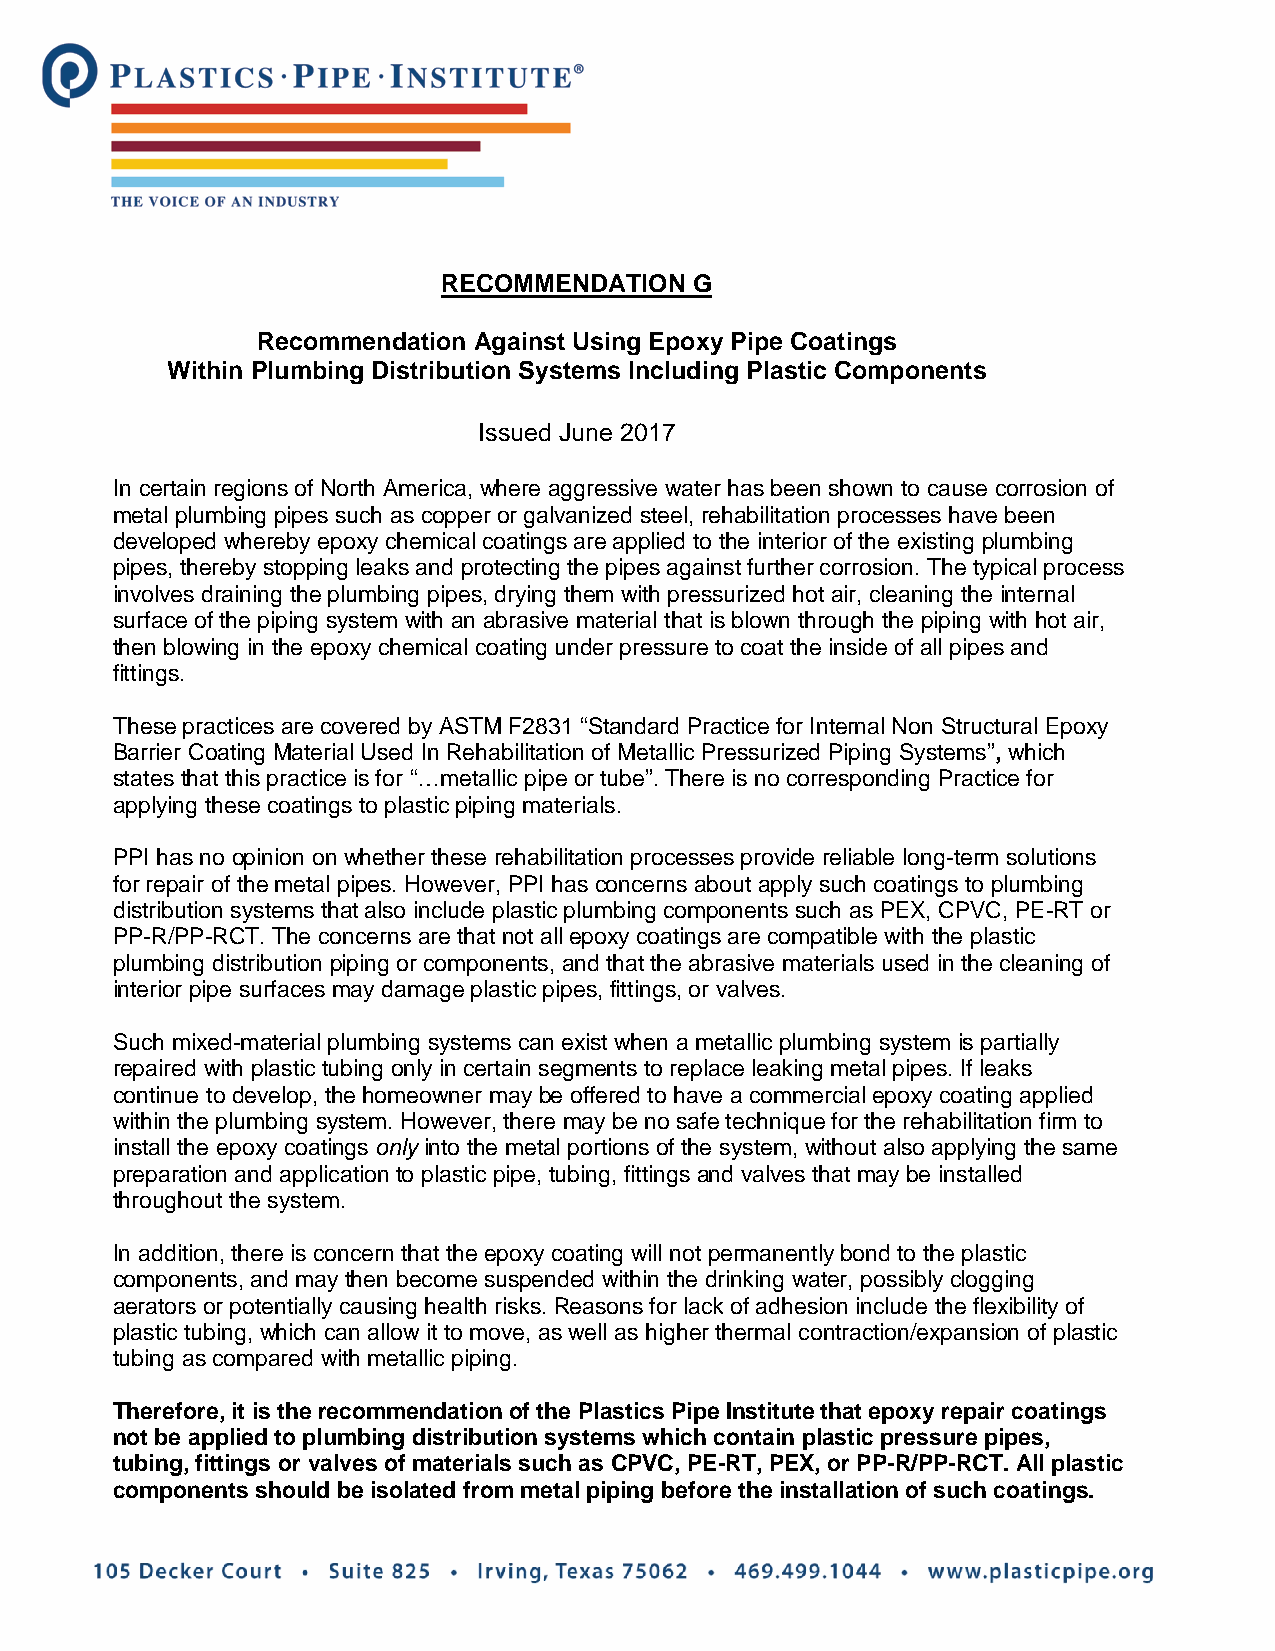
RECOMMENDATION   G
 Recommendation Against Using Epoxy Pipe Coatings
 Within Plumbing Distribution Systems Including Plastic Components
 Issued June 2017
 In certain regions of North America, where aggressive water has been shown to cause corrosion of
 metal plumbing pipes such as copper or galvanized steel, rehabilitation processes have been
 developed whereby epoxy chemical coatings are applied to the interior of the existing plumbing
 pipes, thereby stopping leaks and protecting the pipes against further corrosion. The typical process
 involves draining the plumbing pipes, drying them with pressurized hot air, cleaning the internal
 surface of the piping system with an abrasive material that is blown through the piping with hot air,
 then blowing in the epoxy chemical coating under pressure to coat the inside of all pipes and
 fittings.
 These practices are covered by ASTM F2831 “Standard Practice for Internal Non Structural Epoxy
 Barrier Coating Material Used In Rehabilitation of Metallic Pressurized Piping Systems”, which
 states that this practice is for “…metallic pipe or tube”. There is no corresponding Practice for
 applying these coatings to plastic piping materials.
 PPI has no opinion on whether these rehabilitation processes provide reliable long-term solutions
 for repair of the metal pipes. However, PPI has concerns about apply such coatings to plumbing
 distribution systems that also include plastic plumbing components such as PEX, CPVC, PE-RT or
 PP-R/PP-RCT. The concerns are that not all epoxy coatings are compatible with the plastic
 plumbing distribution piping or components, and that the abrasive materials used in the cleaning of
 interior pipe surfaces may damage plastic pipes, fittings, or valves.
 Such mixed-material plumbing systems can exist when a metallic plumbing system is partially
 repaired with plastic tubing only in certain segments to replace leaking metal pipes. If leaks
 continue to develop, the homeowner may be offered to have a commercial epoxy coating applied
 within the plumbing system. However, there may be no safe technique for the rehabilitation firm to
 install the epoxy coatings only into the metal portions of the system, without also applying the same
 preparation and application to plastic pipe, tubing, fittings and valves that may be installed
 throughout the system.
 In addition, there is concern that the epoxy coating will not permanently bond to the plastic
 components, and may then become suspended within the drinking water, possibly clogging
 aerators or potentially causing health risks. Reasons for lack of adhesion include the flexibility of
 plastic tubing, which can allow it to move, as well as higher thermal contraction/expansion of plastic
 tubing as compared with metallic piping.
 Therefore, it is the recommendation of the Plastics Pipe Institute that epoxy repair coatings
 not be applied to plumbing distribution systems which contain plastic pressure pipes,
 tubing, fittings or valves of materials such as CPVC, PE-RT, PEX, or PP-R/PP-RCT. All plastic
 components should be isolated from metal piping before the installation of such coatings.